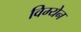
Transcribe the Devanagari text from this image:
विम्येन